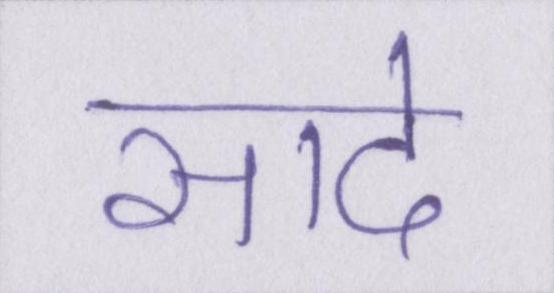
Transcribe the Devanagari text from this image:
सादे